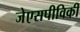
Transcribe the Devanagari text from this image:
जेएसपीविकी